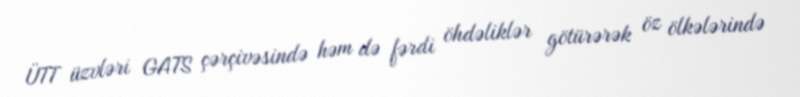
ÜTT üzvləri GATS çərçivəsində həm də fərdi öhdəliklər götürərək öz ölkələrində